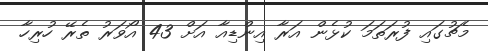
މެޗުގައި ފުރަތަމަ ކުޅެން އަރާ އިންޑިއާ އަށް 43 އޯވަރު ތެރޭ ހުރިހާ